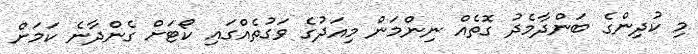
މި ކުދިންގެ ބަންދާމެދު ގޮތެއް ނިންމަން މިއަދުގެ ވަގުތެއްގައި ކޯޓަށް ގެންދާނެ ކަމަށް